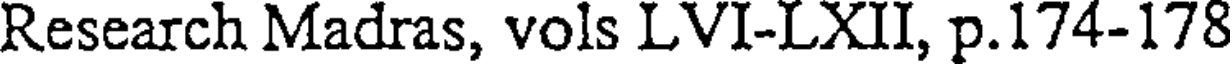
Research Madras, vols LVI-LXII, p.174-178